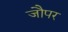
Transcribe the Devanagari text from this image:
जौपर